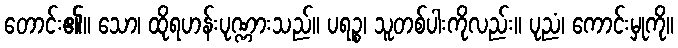
တောင်း၏။ သော၊ ထိုရဟန်းပုဏ္ဏားသည်။ ပရဉ္စ၊ သူတစ်ပါးကိုလည်း။ ပုညံ၊ ကောင်းမှုကို။